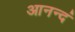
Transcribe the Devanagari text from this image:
आनन्दं